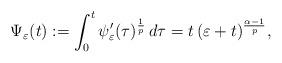
LaTeX: \begin{align*}\Psi_\varepsilon(t):=\int_0^t \psi'_\varepsilon(\tau)^\frac{1}{p}\,d\tau=t\,(\varepsilon+t)^\frac{\alpha-1}{p},\end{align*}